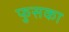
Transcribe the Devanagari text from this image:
फुसका